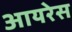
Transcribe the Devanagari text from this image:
आयरेस